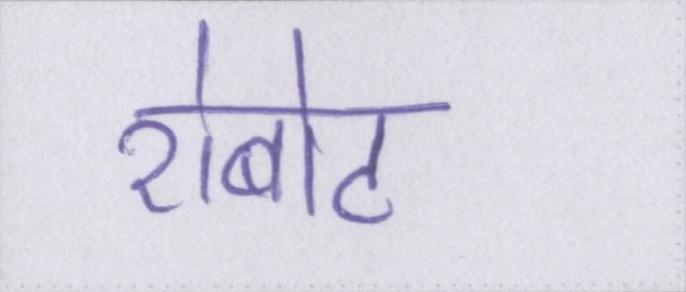
रोबोट